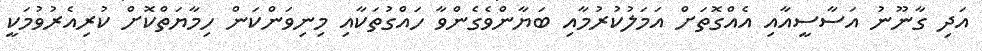
އަދި ގާނޫނު އަސާސީއާއި އެއްގޮތަށް އަމަލުކުރުމާއި ބަޔާންވެގެންވާ ހައްގުތަކާއި މިނިވަންކަން ހިމާޔަތްކޮށް ކުރިއެރުވުމަކީ